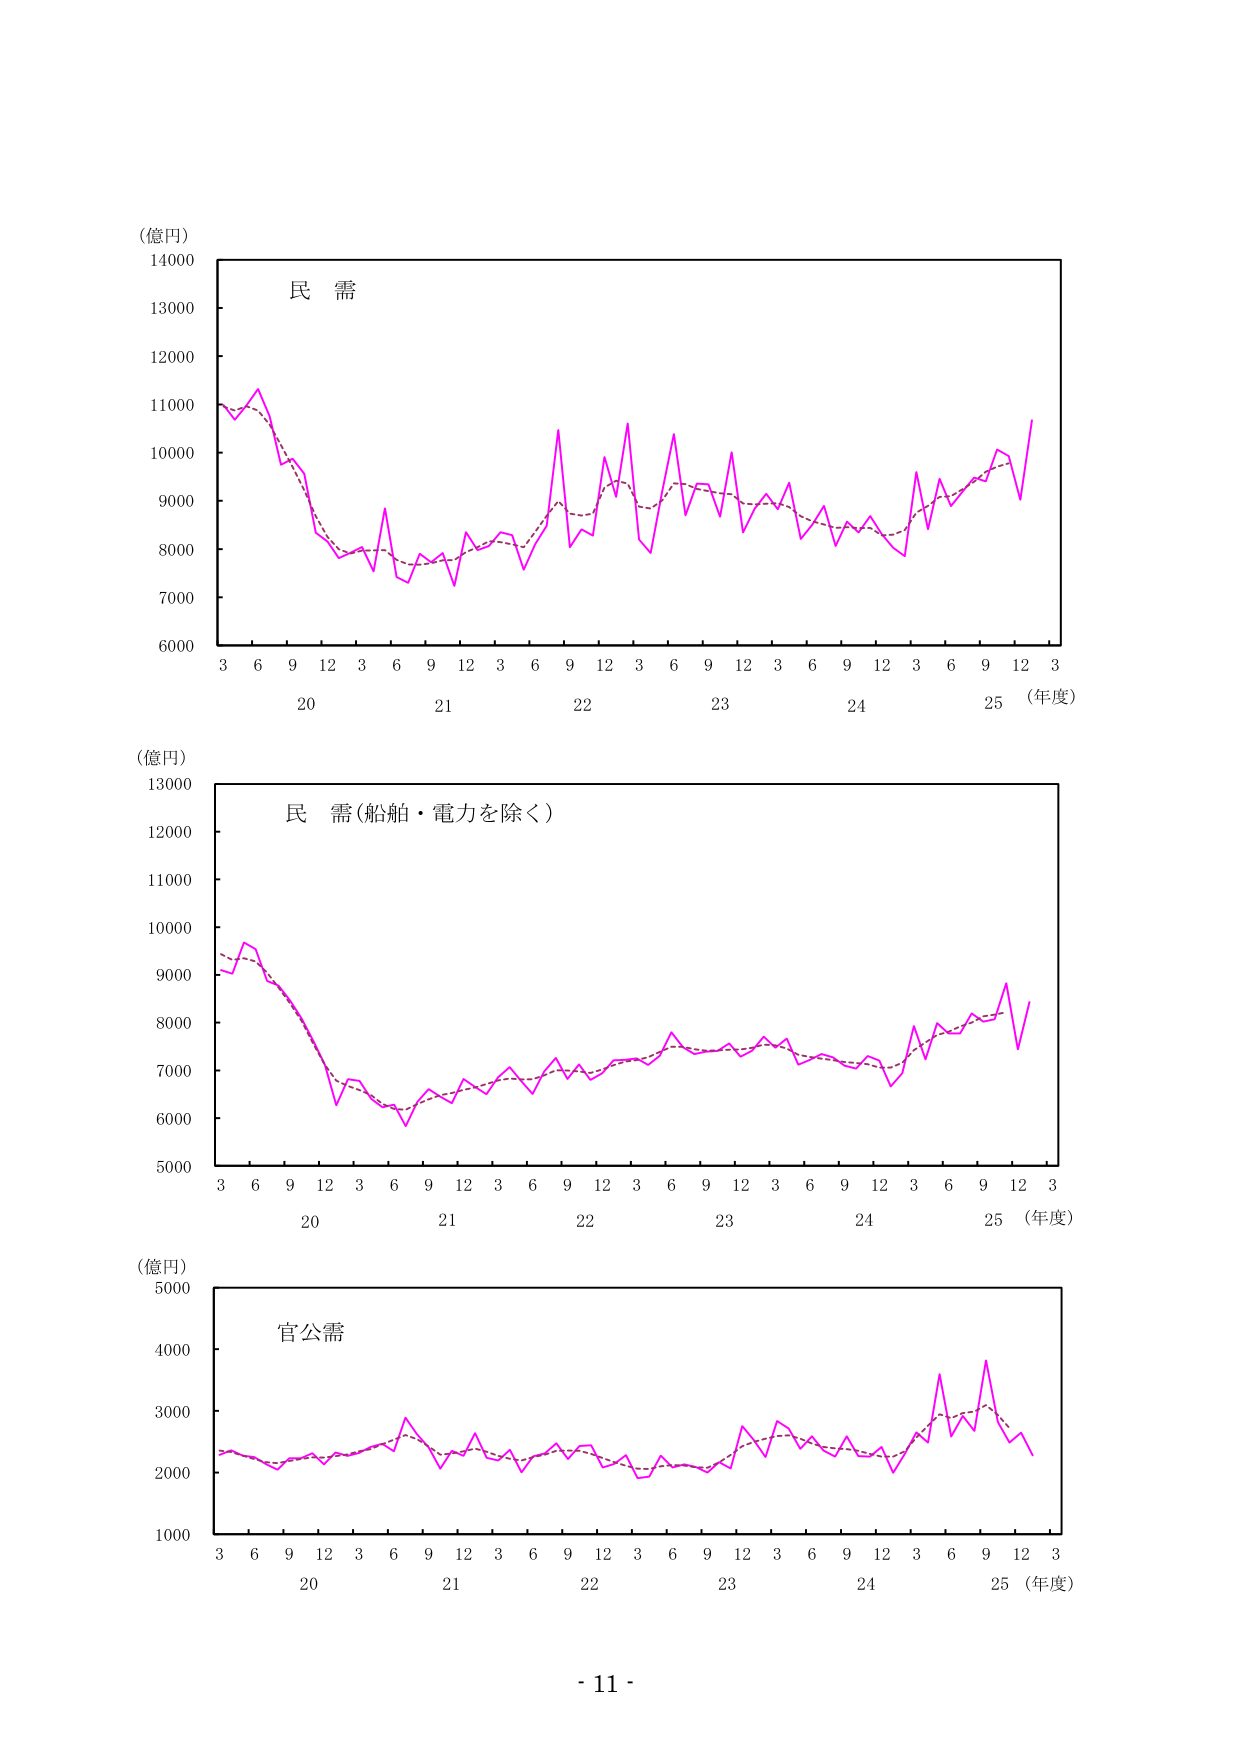
(億円)
14000
13000
12000
11000
10000
9000
8000
7000
6000
3 6 9 12 3 6 9 12 3 6 9 12 3 6 9 12 3 6 9 12 3 6 9 12 3
20 21 22 23 24 25 (年度)
民 需

(億円)
13000
12000
11000
10000
9000
8000
7000
6000
5000
3 6 9 12 3 6 9 12 3 6 9 12 3 6 9 12 3 6 9 12 3 6 9 12 3
20 21 22 23 24 25 (年度)
民 需(船舶・電力を除く)

(億円)
5000
4000
3000
2000
1000
3 6 9 12 3 6 9 12 3 6 9 12 3 6 9 12 3 6 9 12 3 6 9 12 3
20 21 22 23 24 25 (年度)
官公需

- 11 -